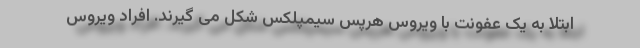
ابتلا به یک عفونت با ویروس هرپس سیمپلکس شکل می گیرند. افراد ویروس